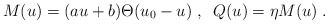
\begin{align*}M(u) = (au + b) \Theta (u_0 - u) \; , \; \; Q(u) = \eta M(u) \; .\end{align*}